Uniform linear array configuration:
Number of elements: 64
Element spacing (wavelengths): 0.75
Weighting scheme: kaiser
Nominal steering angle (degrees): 0
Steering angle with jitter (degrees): -1.051
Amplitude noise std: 0.05
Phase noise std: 0.05

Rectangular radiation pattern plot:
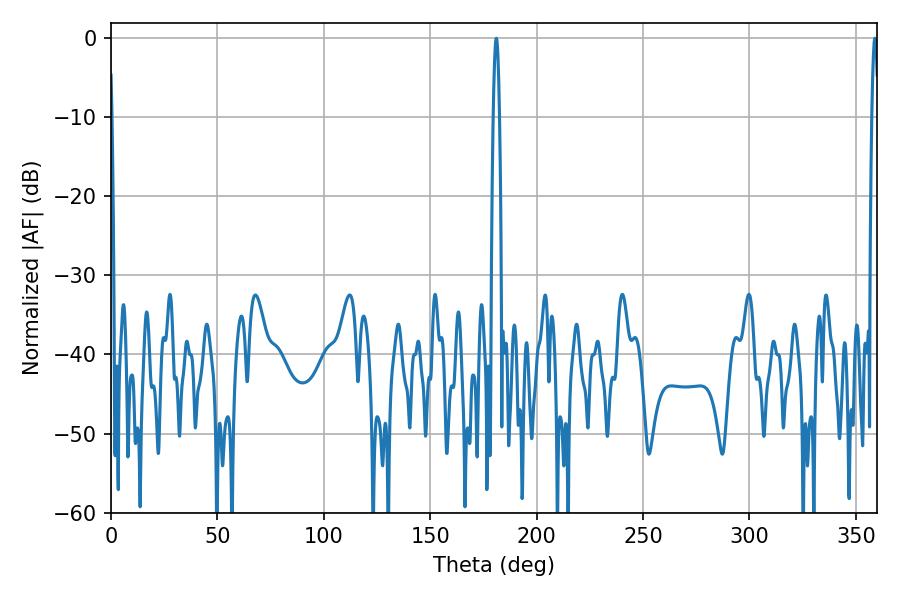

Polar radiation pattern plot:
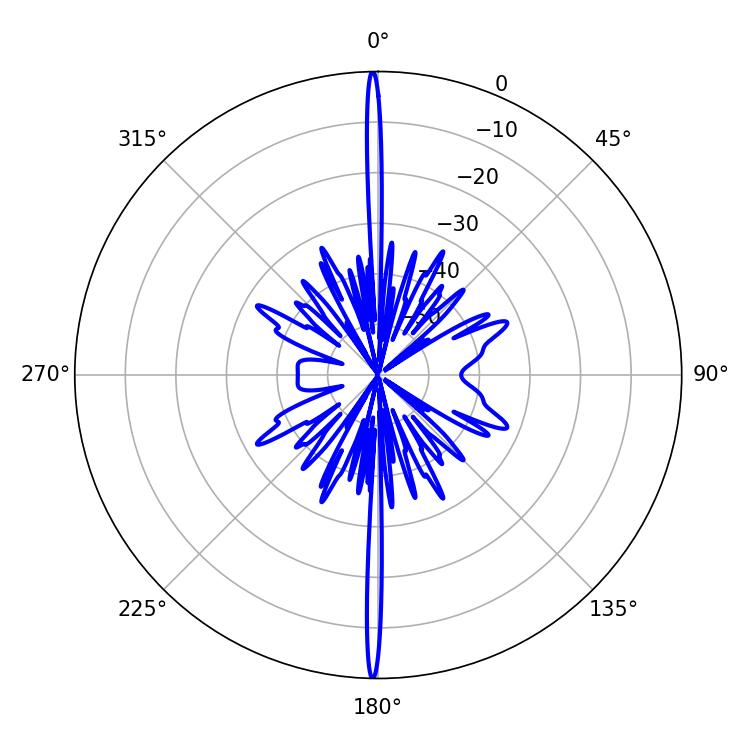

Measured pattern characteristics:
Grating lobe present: TRUE
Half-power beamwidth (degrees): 1.44
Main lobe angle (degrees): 358.92